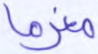
مغرما